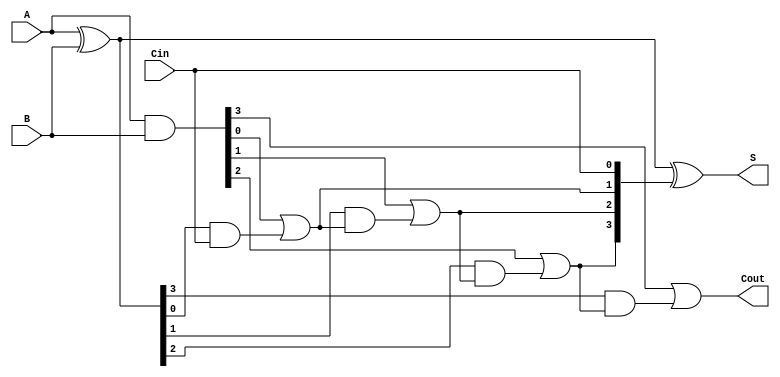
module LingAdder #(parameter N = 4) (
    input  [N-1:0] A,      // First n-bit input
    input  [N-1:0] B,      // Second n-bit input
    input          Cin,     // Carry-in
    output [N-1:0] S,      // n-bit sum output
    output         Cout     // Carry-out
);

    wire [N-1:0] G;        // Generate signals
    wire [N-1:0] P;        // Propagate signals
    wire [N:0] C;          // Carry signals

    // Generate and Propagate calculations
    assign G = A & B;      // Generate: G[i] = A[i] & B[i]
    assign P = A ^ B;      // Propagate: P[i] = A[i] ^ B[i]

    // Carry calculations
    assign C[0] = Cin;     // Initial carry-in
    genvar i;
    generate
        for (i = 0; i < N; i = i + 1) begin : carry_calc
            assign C[i+1] = G[i] | (P[i] & C[i]); // Carry: C[i+1] = G[i] + (P[i] * C[i])
        end
    endgenerate

    // Sum calculations
    assign S = P ^ C[N-1:0]; // Sum: S[i] = P[i] ^ C[i]

    // Final carry-out
    assign Cout = C[N];     // Carry-out: Cout = C[N]

endmodule